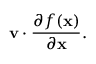
\mathbf { v } \cdot { \frac { \partial f ( \mathbf { x } ) } { \partial \mathbf { x } } } .